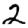
Digit: 2